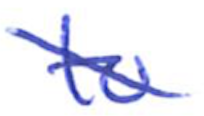
Text: to
Cross-out: mix
Writing tool: ballpoint